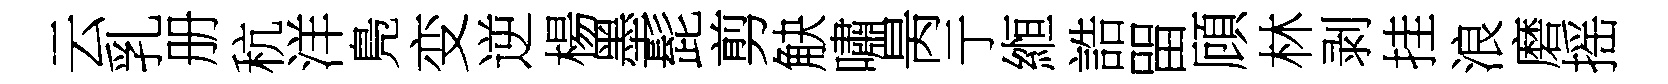
云乳册秔洋鳬变逆楊墨髭剪觖嘯昺亍縆誥㽞頋林剥挂浪磨摇